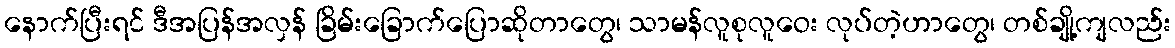
နောက်ပြီးရင် ဒီအပြန်အလှန် ခြိမ်းခြောက်ပြောဆိုတာတွေ၊ သာမန်လူစုလူဝေး လုပ်တဲ့ဟာတွေ၊ တစ်ချို့ကျလည်း